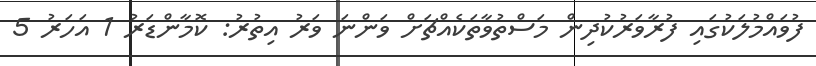
ފުވައްމުލަކުގައި ފުރާވަރުކުދިން މަސްތުވާތަކެއްޗަށް ވަންނަ ވަރު އިތުރު: ކޮމާންޑަރު 1 އަހަރު 5